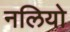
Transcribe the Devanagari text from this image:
नलियो